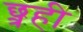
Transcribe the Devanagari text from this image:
छ्त्रही